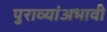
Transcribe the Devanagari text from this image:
पुराव्यांअभावी